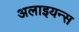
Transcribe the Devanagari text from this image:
अलाइयन्स